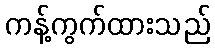
ကန့်ကွက်ထားသည်